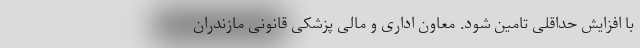
با افزایش حداقلی تامین شود. معاون اداری و مالی پزشکی قانونی مازندران